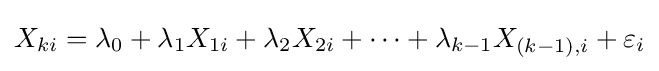
X_{ki}=\lambda _{0}+\lambda _{1}X_{1i}+\lambda _{2}X_{2i}+\dots +\lambda _{k-1}X_{(k-1),i}+\varepsilon _{i}